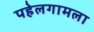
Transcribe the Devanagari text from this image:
पहेलगामला